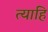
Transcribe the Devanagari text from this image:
त्याहि